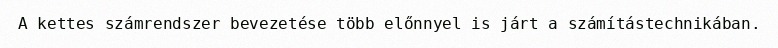
A kettes számrendszer bevezetése több előnnyel is járt a számítástechnikában.